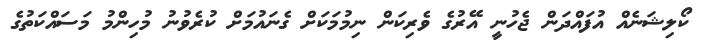
ކޯލިޝަނެއް އުފައްދަން ޖެހުނީ އޭރުގެ ވެރިކަން ނިމުމަކަށް ގެނައުމަށް ކުރެވުނު މުހިންމު މަސައްކަތުގެ